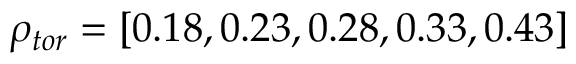
\rho _ { t o r } = [ 0 . 1 8 , 0 . 2 3 , 0 . 2 8 , 0 . 3 3 , 0 . 4 3 ]